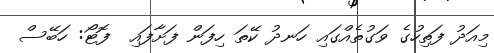
މިއަދު ފަތިހުގެ ވަގުތެއްގައި ހަނދު ކޭތަ ހިފަން ފަށާފައި  ފޮޓޯ: ހަބޭސް